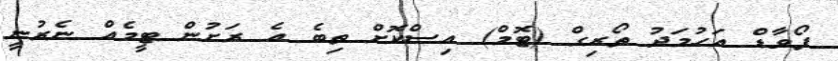
ފޯވާޑް އަހުމަދު ތޯރިގް (ޓޮމް) އިސްކޮށް ތިބެ އެ ރަށުން ޓީމެއް ނެރުނީ